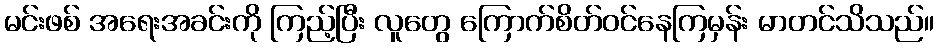
မင်းဖစ် အရေးအခင်းကို ကြည့်ပြီး လူတွေ ကြောက်စိတ်ဝင်နေကြမှန်း မာတင်သိသည်။